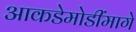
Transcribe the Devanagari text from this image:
आकडेमोडींमागे